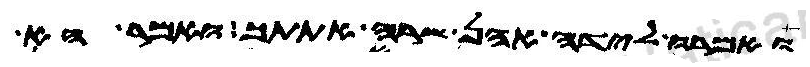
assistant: ואמרו לידה אהן שרה אתתך ואמר הא